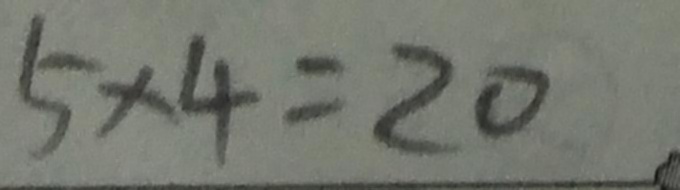
5 \times 4 = 2 0